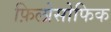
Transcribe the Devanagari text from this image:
फ़िलोसोफिक